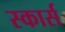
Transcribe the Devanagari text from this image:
स्कार्स